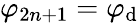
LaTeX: \varphi_{2n+1}=\varphi_{\mathrm{d}}